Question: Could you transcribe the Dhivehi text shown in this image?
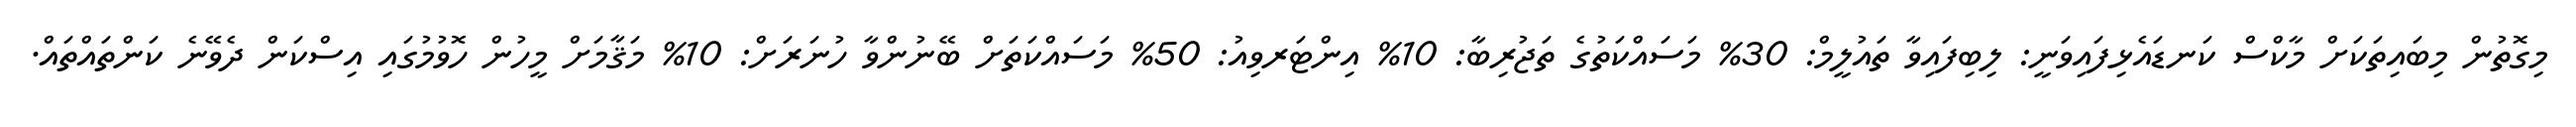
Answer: މިގޮތުން މިބައިތަކަށް މާކްސް ކަނޑައެޅިފައިވަނީ: ލިބިފައިވާ ތައުލީމް: 30% މަސައްކަތުގެ ތަޖުރިބާ: 10% އިންޓަރވިއު: 50% މަސައްކަތަށް ބޭނުންވާ ހުނަރަށް: 10% މަޤާމަށް މީހުން ހޮވުމުގައި އިސްކަން ދެވޭނެ ކަންތައްތައް.